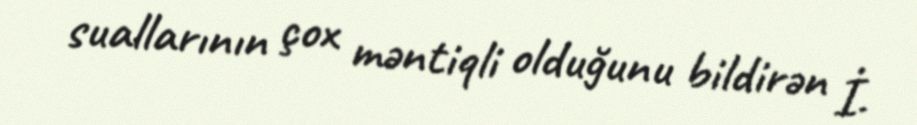
suallarının çox məntiqli olduğunu bildirən İ.